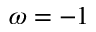
\omega = - 1